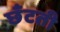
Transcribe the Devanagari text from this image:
छँटती